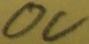
Text: 0V